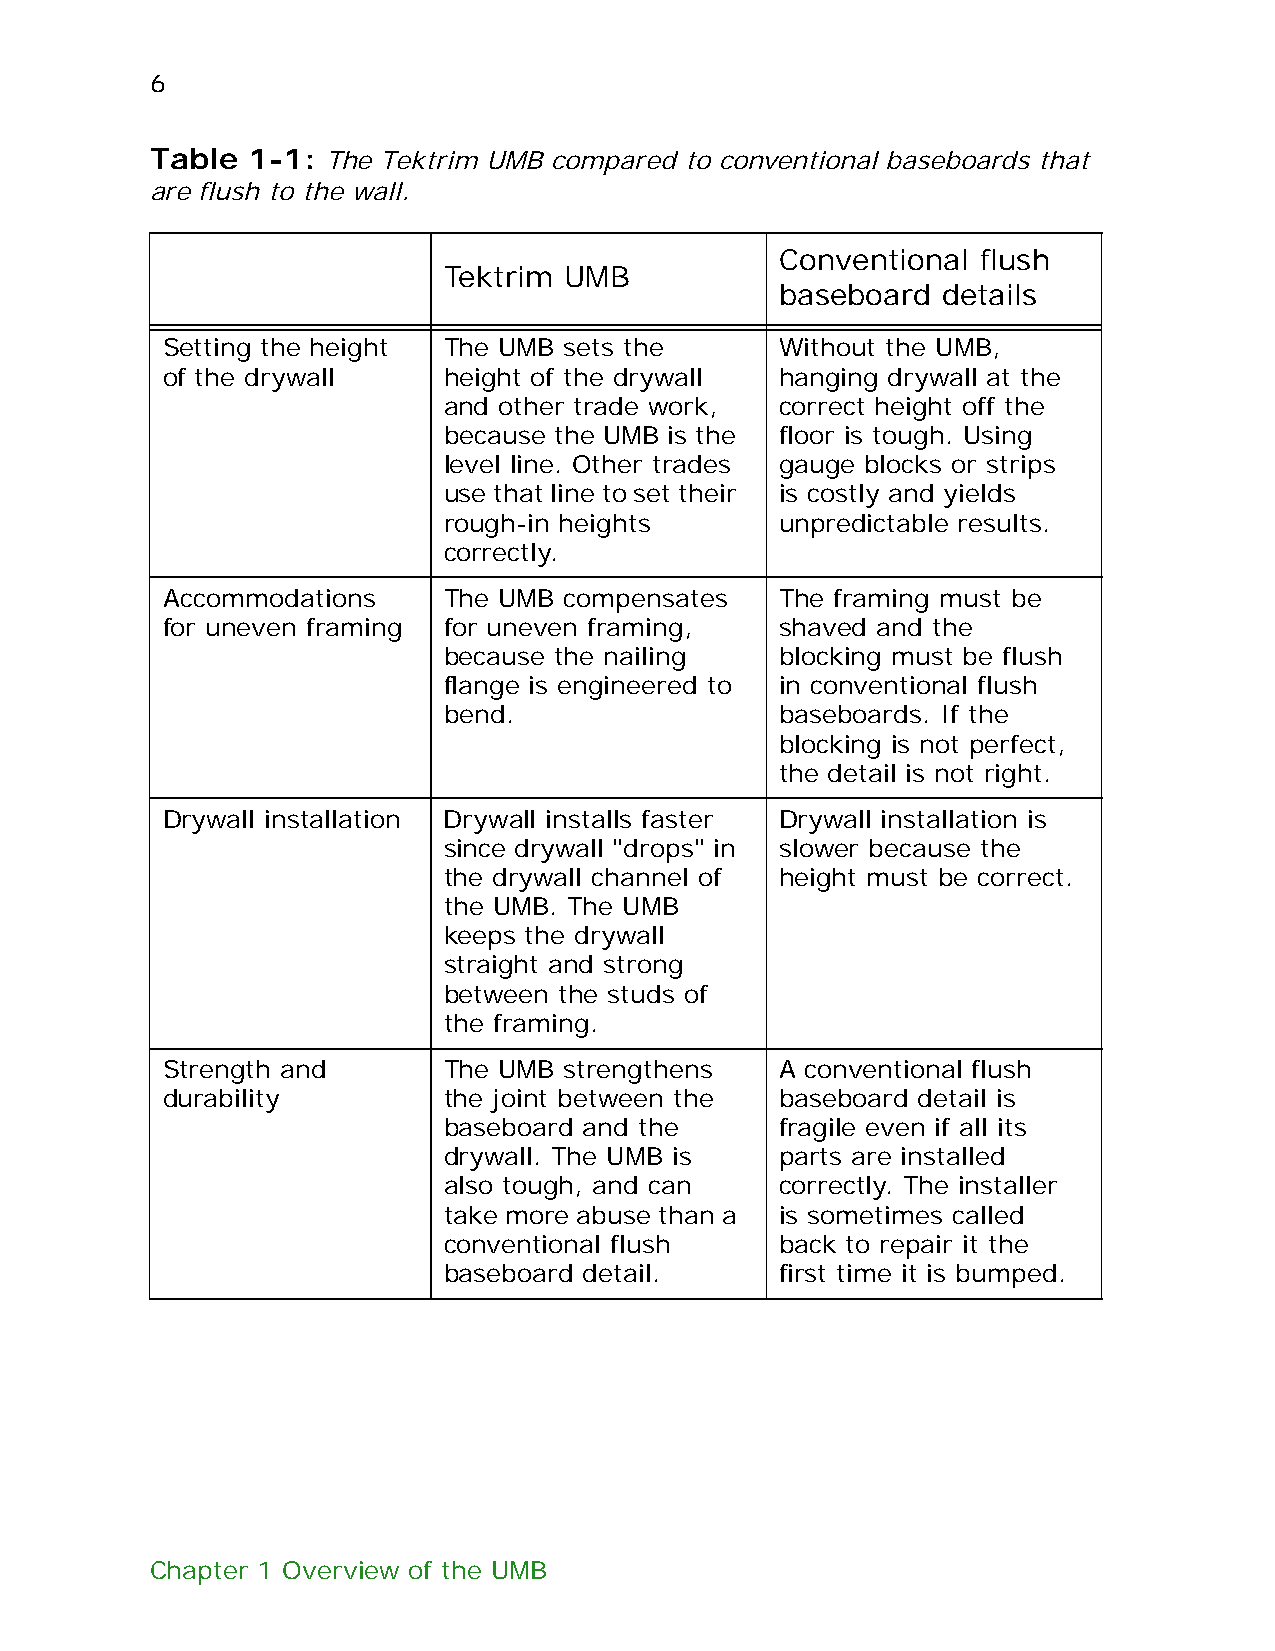
6
 Table 1-1:  The Tektrim UMB compared to conventional baseboards that
 are flush to the wall.
 Conventional flush
 Tektrim UMB
 baseboard details
 Setting the height The UMB sets the      Without the UMB,
 of the drywall    height of the drywall  hanging drywall at the
 and other trade work,  correct height off the
 because the UMB is the floor is tough. Using
 level line. Other trades gauge blocks or strips
 use that line to set their is costly and yields
 rough-in heights       unpredictable results.
 correctly.
 Accommodations    The UMB compensates    The framing must be
 for uneven framing for uneven framing,   shaved and the
 because the nailing    blocking must be flush
 flange is engineered to in conventional flush
 bend.                  baseboards. If the
 blocking is not perfect,
 the detail is not right.
 Drywall installation Drywall installs faster Drywall installation is
 since drywall "drops" in slower because the
 the drywall channel of height must be correct.
 the UMB. The UMB
 keeps the drywall
 straight and strong
 between the studs of
 the framing.
 Strength and      The UMB strengthens    A conventional flush
 durability        the joint between the  baseboard detail is
 baseboard and the      fragile even if all its
 drywall. The UMB is    parts are installed
 also tough, and can    correctly. The installer
 take more abuse than a is sometimes called
 conventional flush     back to repair it the
 baseboard detail.      first time it is bumped.
 Chapter 1 Overview of the UMB